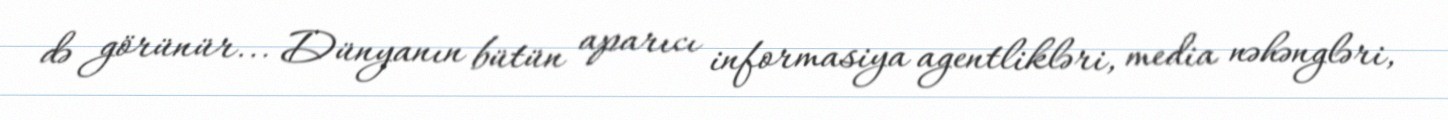
də görünür... Dünyanın bütün aparıcı informasiya agentlikləri, media nəhəngləri,